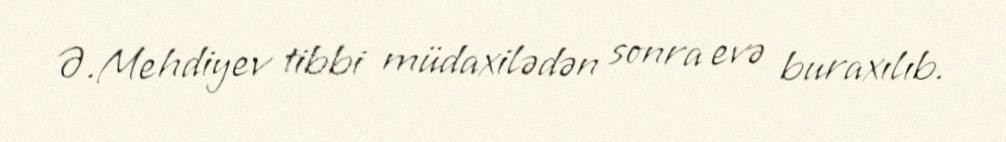
Ə.Mehdiyev tibbi müdaxilədən sonra evə buraxılıb.